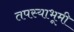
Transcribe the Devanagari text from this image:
तपस्याभूमी